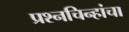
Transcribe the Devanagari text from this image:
प्रश्‍नचिन्हांचा